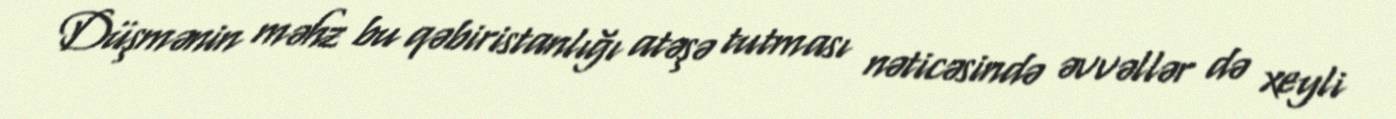
Düşmənin məhz bu qəbiristanlığı atəşə tutması nəticəsində əvvəllər də xeyli